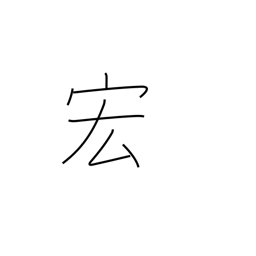
Meaning: wide